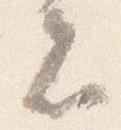
者